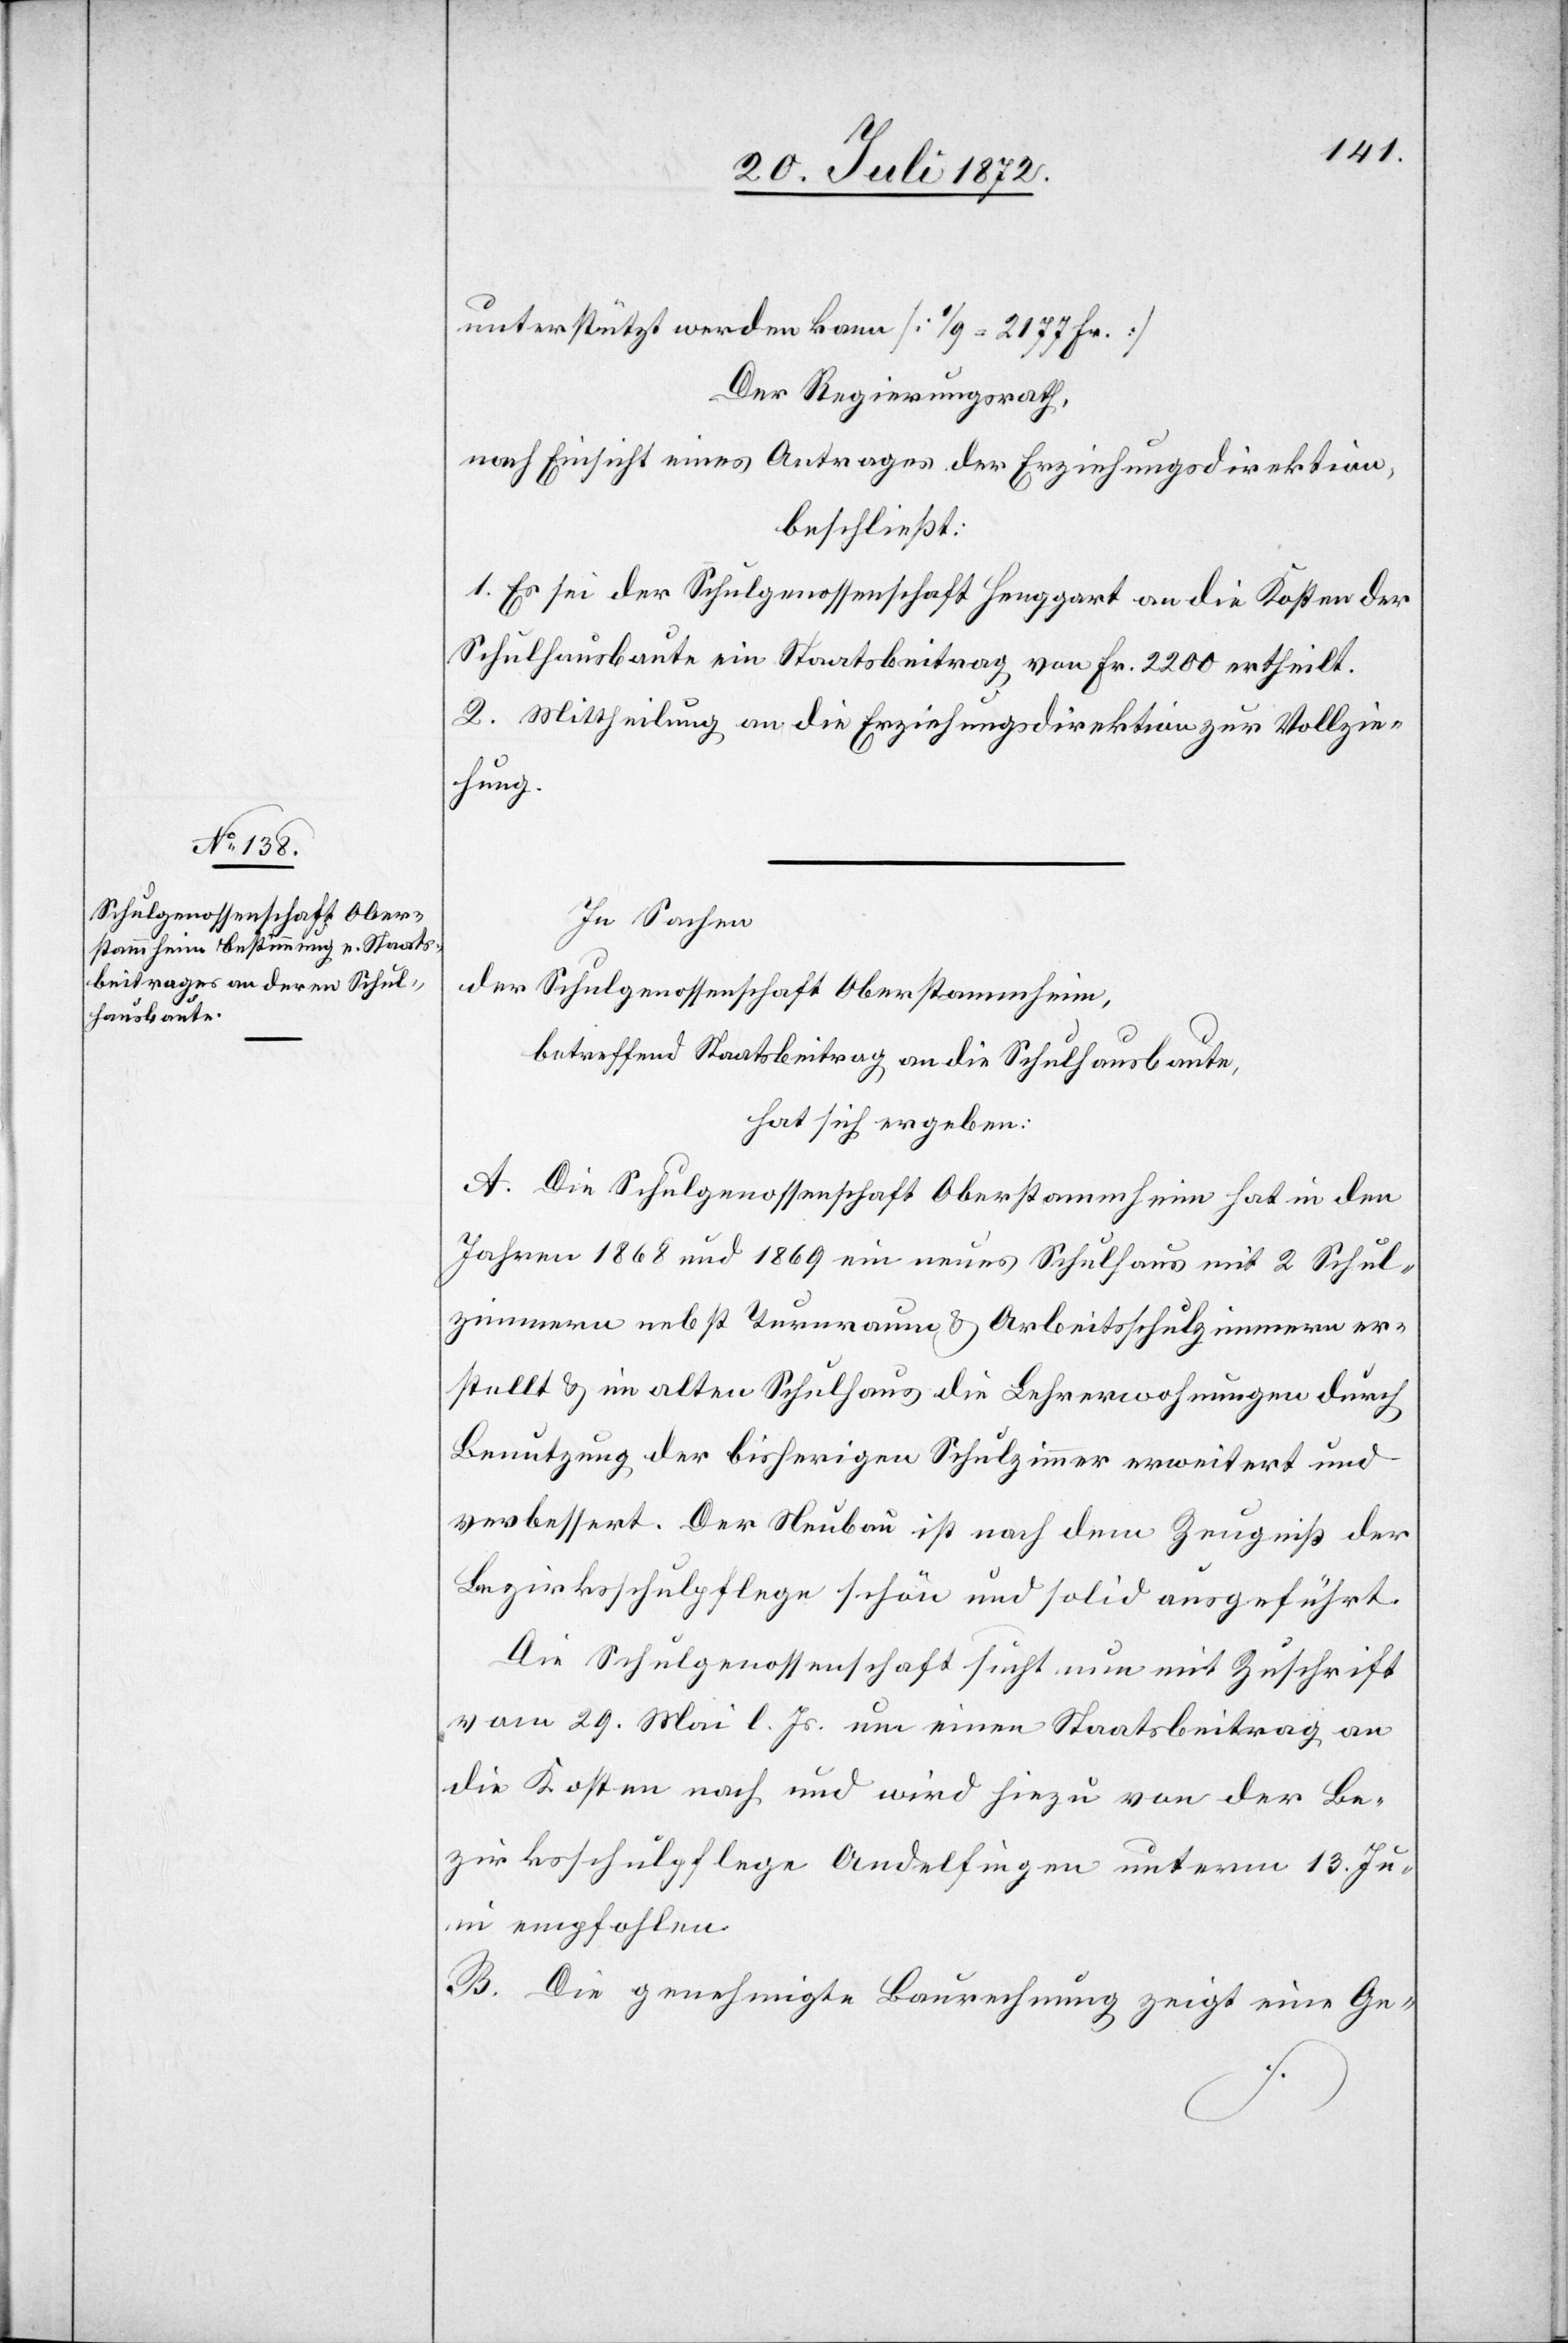
In Sachen
der Schulgenossenschaft Oberstammheim,
betreffend Staatsbeitrag an die Schulhausbaute,
hat sich ergeben:
A. Die Schulgenossenschaft Oberstammheim hat in den
Jahren 1868 und 1869 ein neues Schulhaus mit 2 Schul¬
zimmern nebst Turnraum u. Arbeitsschulzimmern er¬
stellt u. im alten Schulhaus die Lehrerwohnungen durch
Benutzung der bisherigen Schulzimmer erweitert und
verbessert. Der Neubau ist nach dem Zeugniß der
Bezirksschulpflege schön und solid ausgeführt.
Die Schulgenossenschaft sucht nun mit Zuschrift
vom 29. Mai l. Js. um einen Staatsbeitrag an
die Kosten nach und wird hiezu von der Be¬
zirksschulpflege Andelfingen unterm 13. Jun¬
i empfohlen.
Die genehmigte Baurechnung zeigt eine Ge-